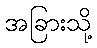
အခြားသို့